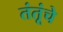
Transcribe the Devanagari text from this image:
तंतूंचे